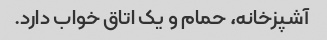
آشپزخانه، حمام و یک اتاق خواب دارد.